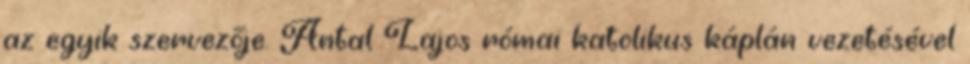
az egyik szervezője. Antal Lajos római katolikus káplán vezetésével